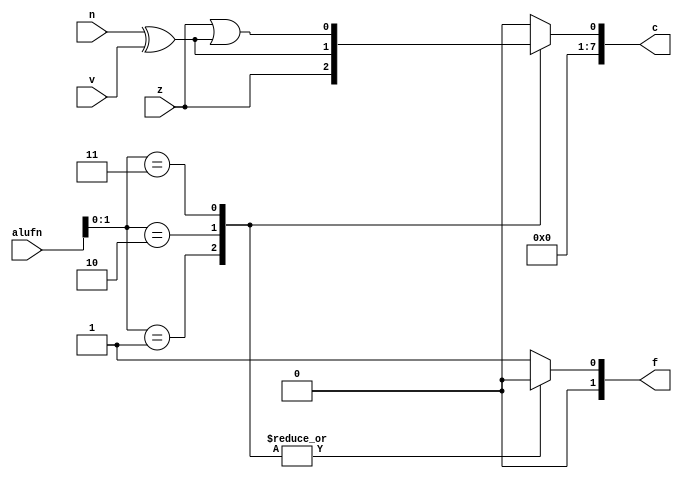
module cmp_4 (
    input [5:0] alufn,
    input z,
    input v,
    input n,
    output reg [7:0] c,
    output reg [1:0] f
  );
  
  
  
  always @* begin
    c = 16'h0000;
    f = 2'h1;
    
    case (alufn[0+1-:2])
      2'h1: begin
        f = 2'h0;
        c[0+0-:1] = z;
      end
      2'h2: begin
        f = 2'h0;
        c[0+0-:1] = (n ^ v);
      end
      2'h3: begin
        f = 2'h0;
        c[0+0-:1] = z | (n ^ v);
      end
    endcase
  end
endmodule